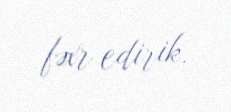
fəxr edirik.